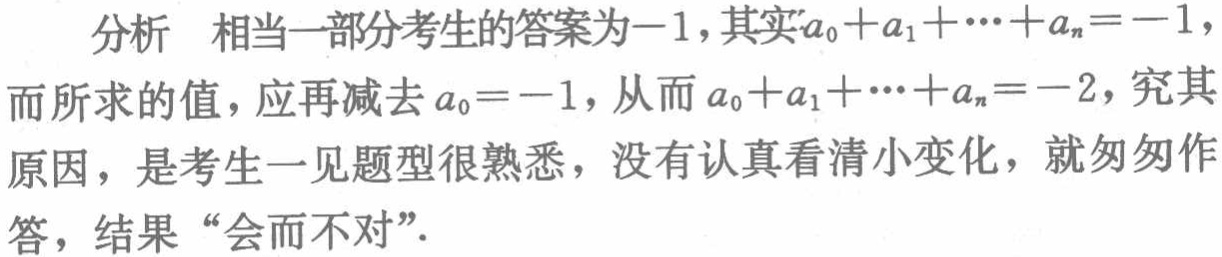
分析 相当一部分考生的答案为\(-1\)，其实\(a_{0}+a_{1}+\cdots +a_{n}=-1\)，而所求的值，应再减去\(a_{0} = -1\)，从而\(a_{0}+a_{1}+\cdots +a_{n}=-2\)，究其原因，是考生一见题型很熟悉，没有认真看清小变化，就匆匆作答，结果“会而不对”．